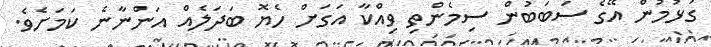
ގުޅުމުން އޭގެ ސަބަބުން ސިމެންތި ވިއްކާ އަގަށް ހެޔޮ ބަދަލެއް އަންނާނެ ކަަމަށެވެ.